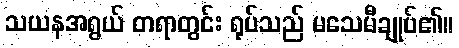
သယနအရွယ် တရာတွင်း ရုပ်သည် မသေမီချုပ်၏။